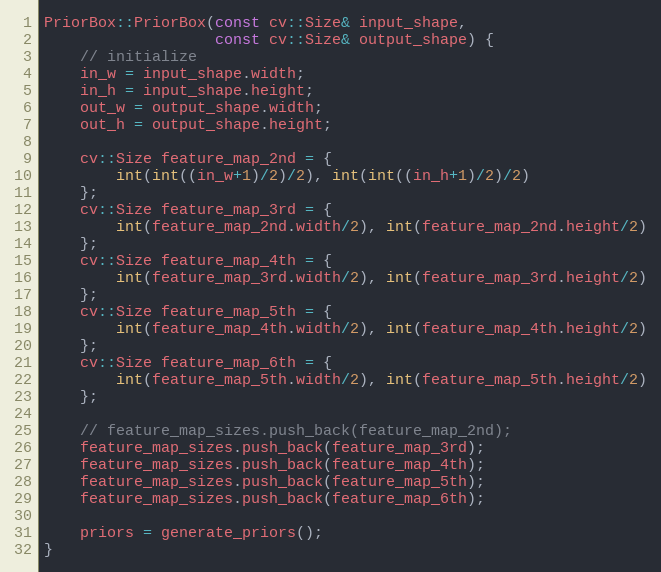
Language: C++
PriorBox::PriorBox(const cv::Size& input_shape,
                   const cv::Size& output_shape) {
    // initialize
    in_w = input_shape.width;
    in_h = input_shape.height;
    out_w = output_shape.width;
    out_h = output_shape.height;

    cv::Size feature_map_2nd = {
        int(int((in_w+1)/2)/2), int(int((in_h+1)/2)/2)
    };
    cv::Size feature_map_3rd = {
        int(feature_map_2nd.width/2), int(feature_map_2nd.height/2)
    };
    cv::Size feature_map_4th = {
        int(feature_map_3rd.width/2), int(feature_map_3rd.height/2)
    };
    cv::Size feature_map_5th = {
        int(feature_map_4th.width/2), int(feature_map_4th.height/2)
    };
    cv::Size feature_map_6th = {
        int(feature_map_5th.width/2), int(feature_map_5th.height/2)
    };

    // feature_map_sizes.push_back(feature_map_2nd);
    feature_map_sizes.push_back(feature_map_3rd);
    feature_map_sizes.push_back(feature_map_4th);
    feature_map_sizes.push_back(feature_map_5th);
    feature_map_sizes.push_back(feature_map_6th);

    priors = generate_priors();
}